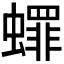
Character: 𬠯